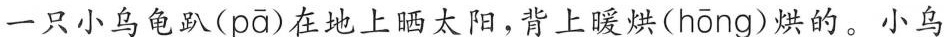
一只小乌龟趴(pā)在地上晒太阳，背上暖烘( hōng )烘的。小乌